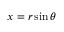
x = r \sin \theta